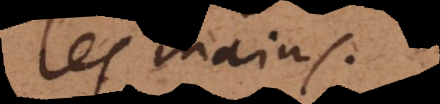
les mains.